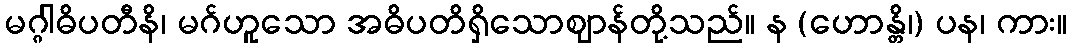
မဂ္ဂါဓိပတီနိ၊ မဂ်ဟူသော အဓိပတိရှိသောဈာန်တို့သည်။ န (ဟောန္တိ၊) ပန၊ ကား။